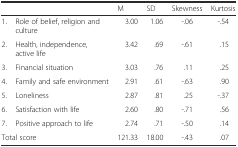
<table><thead><tr><td></td><td></td><td><b>M</b></td><td><b>SD</b></td><td><b>Skewness</b></td><td><b>Kurtosis</b></td></tr></thead><tbody><tr><td>1.</td><td>Role of belief, religion and culture</td><td>3.00</td><td>1.06</td><td>-.06</td><td>-.54</td></tr><tr><td>2.</td><td>Health, independence, active life</td><td>3.42</td><td>.69</td><td>-.61</td><td>.15</td></tr><tr><td>3.</td><td>Financial situation</td><td>3.03</td><td>.76</td><td>.11</td><td>.25</td></tr><tr><td>4.</td><td>Family and safe environment</td><td>2.91</td><td>.61</td><td>-.63</td><td>.90</td></tr><tr><td>5.</td><td>Loneliness</td><td>2.87</td><td>.81</td><td>.25</td><td>-.37</td></tr><tr><td>6.</td><td>Satisfaction with life</td><td>2.60</td><td>.80</td><td>-.71</td><td>.56</td></tr><tr><td>7.</td><td>Positive approach to life</td><td>2.74</td><td>.71</td><td>-.50</td><td>.14</td></tr><tr><td colspan="2">Total score</td><td>121.33</td><td>18.00</td><td>-.43</td><td>.07</td></tr></tbody></table>